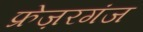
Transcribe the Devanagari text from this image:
फ्रेज़रगंज